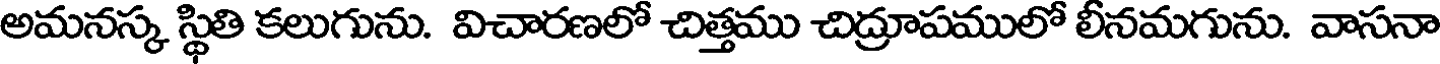
అమనస్క స్థితి కలుగును. విచారణలో చిత్తము చిద్రూపములో లీనమగును. వాసనా